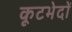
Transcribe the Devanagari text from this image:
कूटभेदों